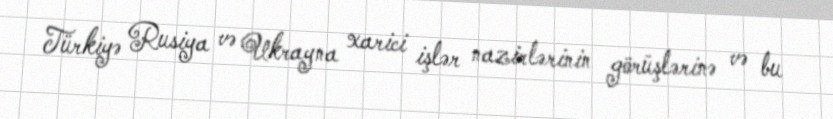
Türkiyə Rusiya və Ukrayna xarici işlər nazirlərinin görüşlərinə və bu